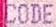
CODE